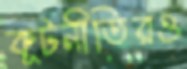
কূটনীতিরও